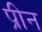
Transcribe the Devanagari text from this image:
प्रीन